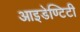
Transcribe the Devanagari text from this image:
आइडेण्टिटी